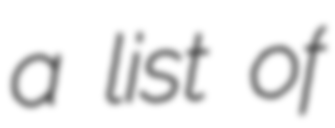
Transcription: a list of